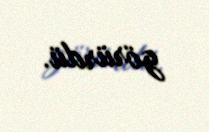
görürdü.